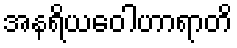
အနရိယဝေါဟာရာတိ